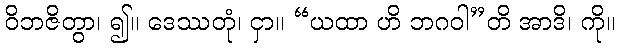
ဝိဘဇိတွာ၊ ၍။ ဒေဿတုံ၊ ငှာ။ “ယထာ ဟိ ဘဂဝါ”တိ အာဒိ၊ ကို။